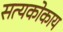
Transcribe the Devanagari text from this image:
सत्यकोकाय